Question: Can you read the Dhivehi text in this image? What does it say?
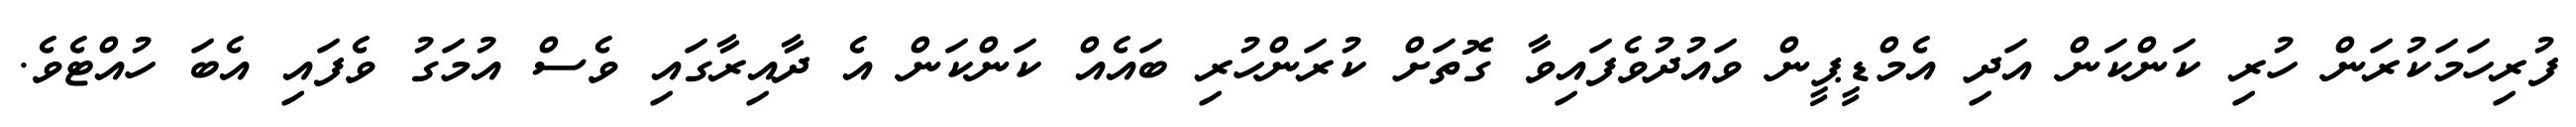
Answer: ފުރިހަމަކުރަން ހުރި ކަންކަން އަދި އެމްޑީޕީން ވައުދުވެފައިވާ ގޮތަށް ކުރަންހުރި ބައެއް ކަންކަން އެ ދާއިރާގައި ވެސް އުމަގު ވެފައި އެބަ ހުއްޓެވެ.